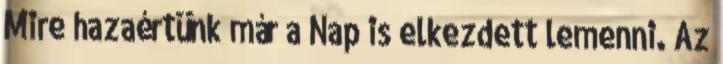
Mire hazaértünk már a Nap is elkezdett lemenni. Az